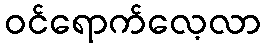
ဝင်ရောက်လေ့လာ